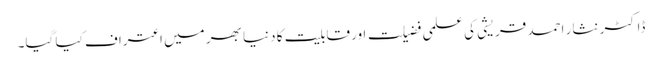
ڈاکٹر نثار احمد قریشی کی علمی فضیلت اور قابلیت کا دنیا بھر میں اعتراف کیا گیا۔